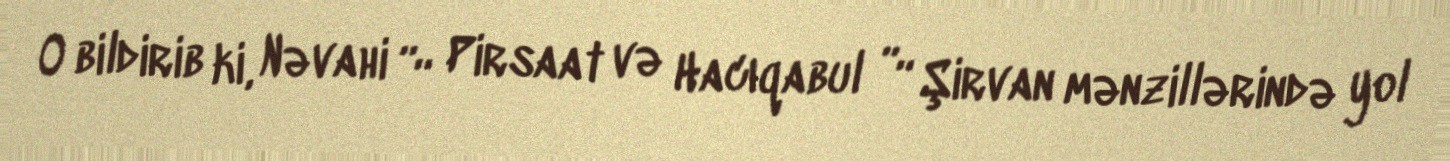
O bildirib ki, Nəvahi ”“ Pirsaat və Hacıqabul ”“ Şirvan mənzillərində yol